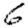
Digit: 6